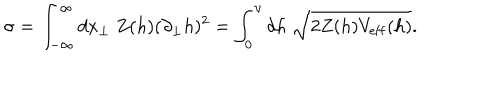
LaTeX: \sigma = \int _ { - \infty } ^ { \infty } d x _ { \bot } \; Z ( h ) ( \partial _ { \bot } h ) ^ { 2 } = \int _ { 0 } ^ { \upsilon } d h \; \sqrt { 2 Z ( h ) V _ { \mathrm { e f f } } ( h ) } .